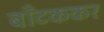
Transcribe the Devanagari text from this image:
बाँटककर